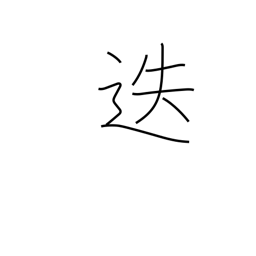
Meaning: transfer